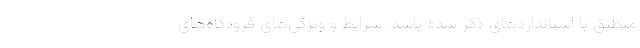
منطبق با استانداردهاى ذکر شده باشد. شرایط و ویژگى‌هاى فرودگاه‌هاى